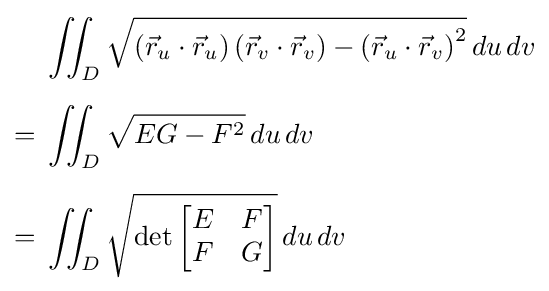
{\begin{aligned}&\iint _{D}{\sqrt {\left({\vec {r}}_{u}\cdot {\vec {r}}_{u}\right)\left({\vec {r}}_{v}\cdot {\vec {r}}_{v}\right)-\left({\vec {r}}_{u}\cdot {\vec {r}}_{v}\right)^{2}}}\,du\,dv\\[5pt]={}&\iint _{D}{\sqrt {EG-F^{2}}}\,du\,dv\\[5pt]={}&\iint _{D}{\sqrt {\det {\begin{bmatrix}E&F\\F&G\end{bmatrix}}}}\,du\,dv\end{aligned}}